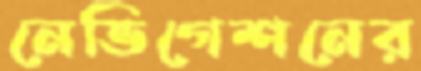
নেভিগেশনের